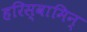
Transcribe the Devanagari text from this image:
हरिस्वामिन्